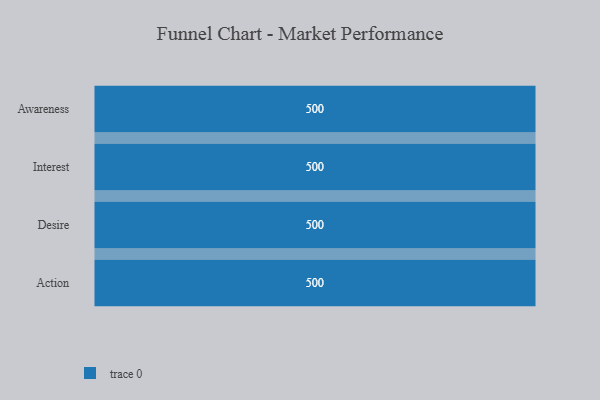
{"axis": {"x": "Stage", "y": "Value"}, "legend": [""], "data": [{"x": "Awareness", "y": 500, "type": ""}, {"x": "Interest", "y": 500, "type": ""}, {"x": "Desire", "y": 500, "type": ""}, {"x": "Action", "y": 500, "type": ""}]}